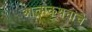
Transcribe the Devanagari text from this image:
आत्मकथनांचे